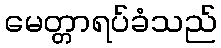
မေတ္တာရပ်ခံသည်